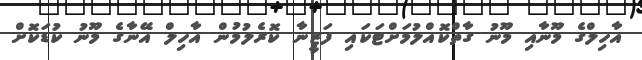
އާހިލްގެ މޫނާއި މޫނު ގާތްކޮއްލުމަށްޓަކައި ފަޒީނާ ކޮރެލުމުން އާހިލް އޭނާގެ މޫނު ކުޑަކޮށް